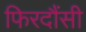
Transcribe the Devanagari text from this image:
फिरदौंसी